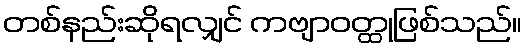
တစ်နည်းဆိုရလျှင် ကဗျာဝတ္ထုဖြစ်သည်။